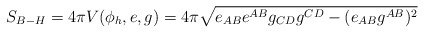
\begin{align*}S_{B-H}=4\pi V(\phi_h, e,g)=4\pi\sqrt{e_{AB}e^{AB}g_{CD}g^{CD}- (e_{AB}g^{AB})^2}\end{align*}